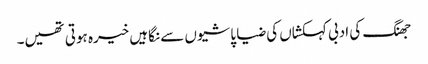
جھنگ کی ادبی کہکشاں کی ضیا پاشیوں سے نگاہیں خیرہ ہوتی تھیں۔